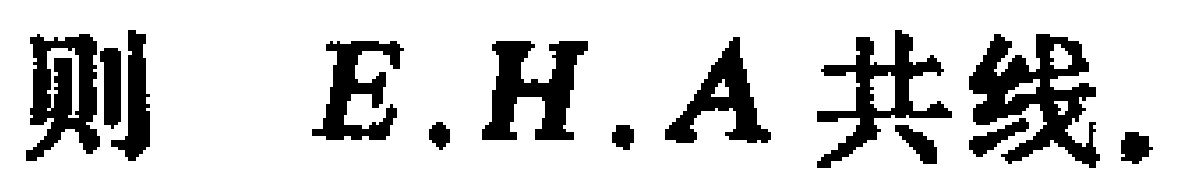
则 \(E,H,A\)共线.